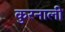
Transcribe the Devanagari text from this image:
कुरनाली